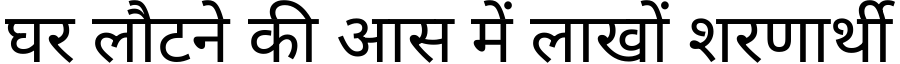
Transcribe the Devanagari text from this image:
घर लौटने की आस में लाखों शरणार्थी